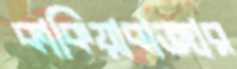
কাকিয়াবাজার